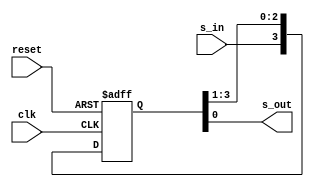
`timescale 1ns / 1ps
//////////////////////////////////////////////////////////////////////////////////
// Company: 
// Engineer: 
// 
// Design Name: 
// Module Name: SISO_rt_ShiftRegister
// Project Name: 
// Target Devices: 
// Tool Versions: 
// Description: 
// 
// Dependencies: 
// 
// Revision:
// Revision 0.01 - File Created
// Additional Comments:
// 
//////////////////////////////////////////////////////////////////////////////////


module SISO_rt_ShiftRegister(
input clk, reset, 
input s_in,
output s_out
);

reg [3:0] shift_reg;   //4-bit shift register
//Assign serial output
assign s_out = shift_reg[0];

always@(posedge clk or posedge reset)
begin
if (reset)
begin
 shift_reg <= 4'b0000;
end
else
begin
shift_reg = {s_in, shift_reg[3:1]};   // shift left and load s_in into MSB
end
end
endmodule